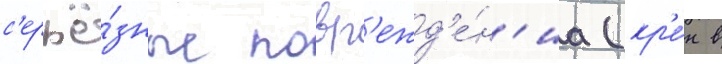
с'ерьё́зные повр'ежд'е́н'иа (кр'е́н в